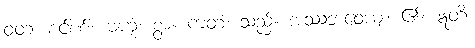
ဝတ၊ စင်စစ်။ ဗဟုံ၊ စွာ။ ကတံ၊ သည်။ အဿဘဝေယျ၊ ၏။ ဣတိ၊